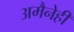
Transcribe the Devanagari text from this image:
अमैनेही